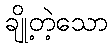
ချို့တဲ့သော